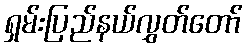
ရှမ်းပြည်နယ်လွှတ်တော်